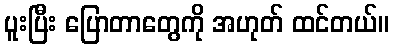
ပူးပြီး ပြောတာတွေကို အဟုတ် ထင်တယ်။